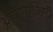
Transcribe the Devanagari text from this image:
आईएनरजिस्ट्री